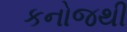
કનોજથી